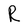
Character: R